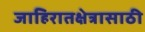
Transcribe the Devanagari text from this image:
जाहिरातक्षेत्रासाठी